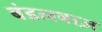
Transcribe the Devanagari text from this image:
बंडलबाज़